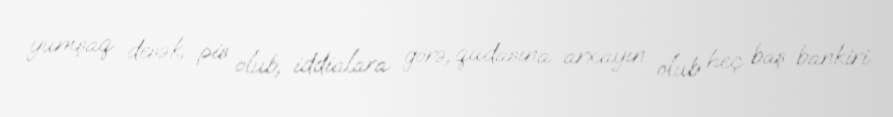
yumşaq desək, pis olub, iddialara görə, qudasına arxayın olub heç baş bankiri